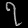
Digit: ၇